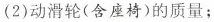
(2)动滑轮(含座椅)的质量；